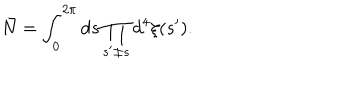
\bar { N } = \int _ { 0 } ^ { 2 \pi } d s \prod _ { s ^ { \prime } \neq s } d ^ { 4 } \xi ( s ^ { \prime } ) .